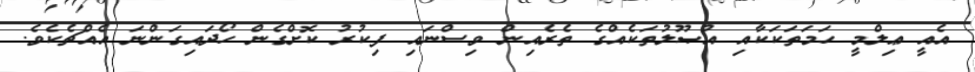
އެއީ ޢިލްމީ ހަމަތަކަކާއި އުޞޫލުތަކެއްގެ ތެރެއިން ވިސްނައި ފިކުރު ކޮށްގެން ހޯދައިގަންނަ އެއްޗެކެވެ.